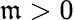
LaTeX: \mathfrak{m}>0